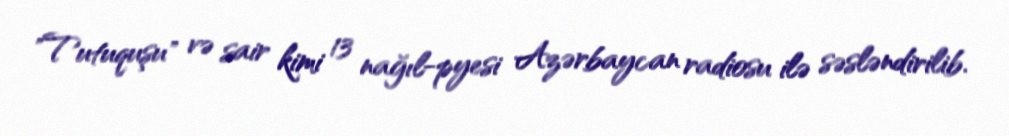
"Tutuquşu" və sair kimi 13 nağıl-pyesi Azərbaycan radiosu ilə səsləndirilib.